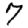
Digit: 7